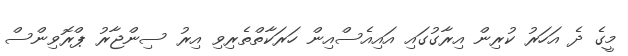
މީގެ ދެ އަހަރު ކުރިން އިރާގުގައި އައިއެސްއިން ހަރަކާތްތެރިވި އިރު ސިންޖާރު ޕްރޮވިންސް